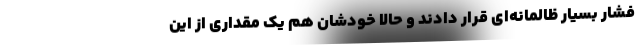
فشار بسیار ظالمانه‌ای قرار دادند و حالا خودشان هم یک مقداری از این